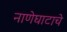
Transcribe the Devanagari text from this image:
नाणेघाटाचे